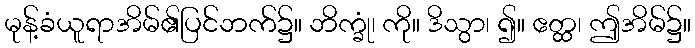
မုန့်ခံယူရာအိမ်၏ပြင်ဘက်၌။ ဘိက္ခုံ၊ ကို။ ဒိသွာ၊ ၍။ ဧတ္ထ၊ ဤအိမ်၌။